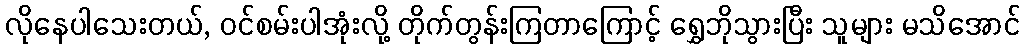
လိုနေပါသေးတယ်, ဝင်စမ်းပါအုံးလို့ တိုက်တွန်းကြတာကြောင့် ရွှေဘိုသွားပြီး သူများ မသိအောင်